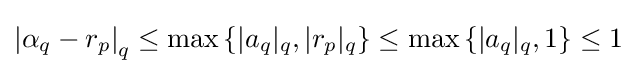
\left|\alpha _{q}-r_{p}\right|_{q}\leq \max \left\{|a_{q}|_{q},|r_{p}|_{q}\right\}\leq \max \left\{|a_{q}|_{q},1\right\}\leq 1